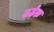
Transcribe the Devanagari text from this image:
ढढेरु